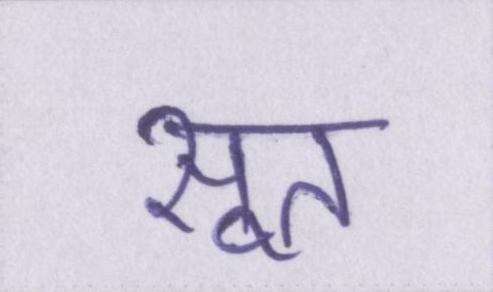
सूत